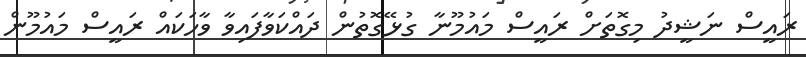
ރައީސް ނަޝީދު މިގޮތަށް ރައީސް މައުމޫނާ ގުޅޭގޮތުން ދައްކަވާފައިވާ ވާހަކައް ރައީސް މައުމޫން